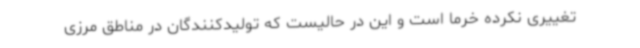
تغییری نکرده خرما است و این در حالیست که تولیدکنندگان در مناطق مرزی